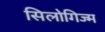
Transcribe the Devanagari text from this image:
सिलोगिज्म